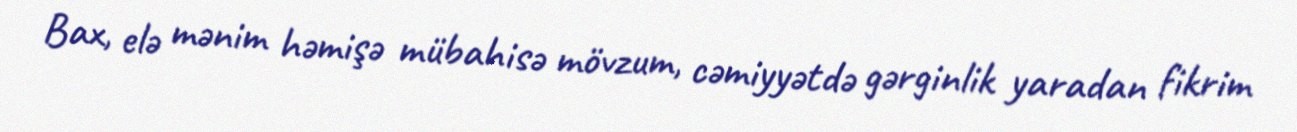
Bax, elə mənim həmişə mübahisə mövzum, cəmiyyətdə gərginlik yaradan fikrim